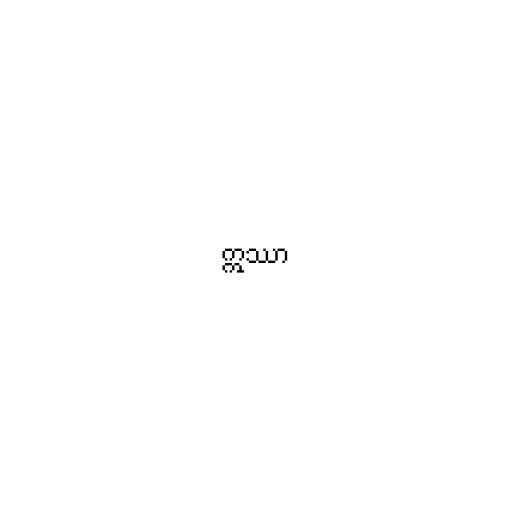
ဣဿာ